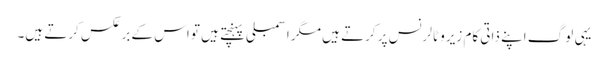
یہی لوگ اپنے ذاتی کام زیرو ٹالرنس پر کرتے ہیں مگر اسمبلی پہنچتے ہیں تو اس کے برعکس کرتے ہیں۔